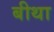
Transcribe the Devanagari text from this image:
बीथा